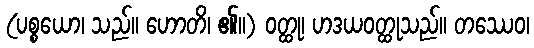
(ပစ္စယော၊ သည်။ ဟောတိ၊ ၏။) ဝတ္ထု၊ ဟဒယဝတ္ထုသည်။ တဿေဝ၊